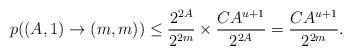
LaTeX: \begin{align*}p((A,1) \to (m,m)) \leq \frac{2^{2A}}{2^{2m}} \times \frac{CA^{u+1}}{2^{2A}} = \frac{CA^{u+1}}{2^{2m}}.\end{align*}